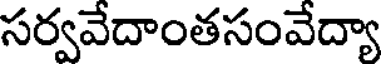
సర్వవేదాంతసంవేద్యా